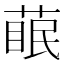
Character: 𮐊